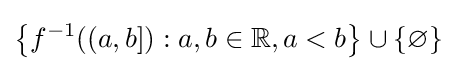
\left\{f^{-1}((a,b]):a,b\in \mathbb {R} ,a<b\right\}\cup \{\varnothing \}